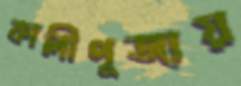
কালীপূজায়